Indian journal of veterinary science and animal husbandry - Volumes 24-25, 1954-1955
Year: 1954
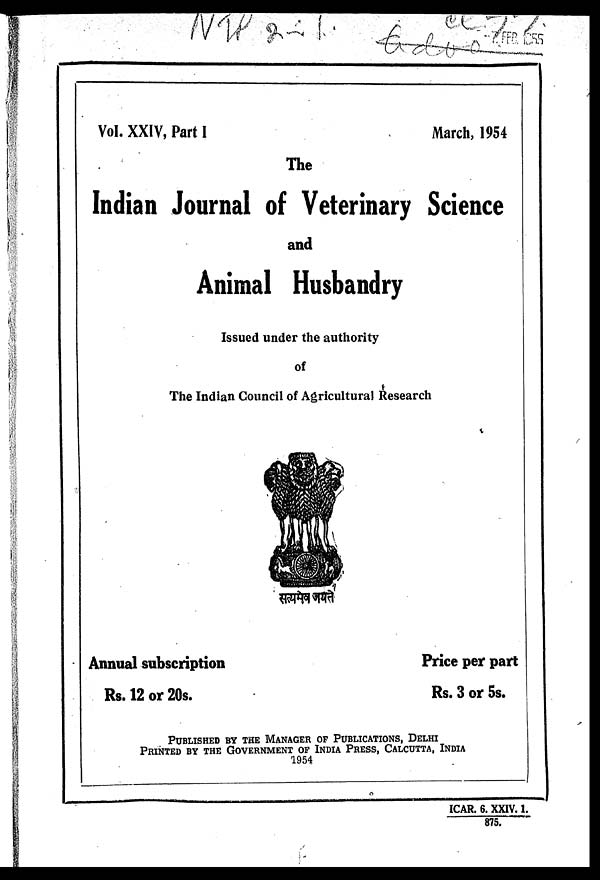
Vol. XXIV, Part I
March, 1954
The
Indian Journal of Veterinary Science
and
Animal Husbandry
Issued under the authority
of
The Indian Council of Agricultural Research
Annual subscription
Rs. 12 or 20s.
Price per part
Rs. 3 or 5s.
PUBLISHED BY THE MANAGER OF PUBLICATIONS, DELHI PRI
ICAR. 6. XXIV.1.
875.